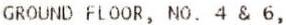
GROUND FLOOR, NO. 4 & 6,